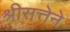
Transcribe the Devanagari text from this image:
श्रीसत्तेने